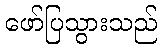
ဖော်ပြသွားသည်